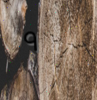
٩